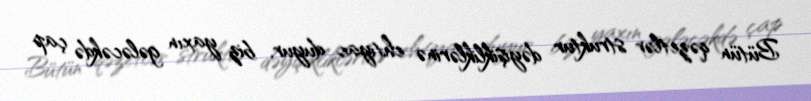
Bütün qəzetlər struktur dəyişikliklərinə ehtiyac duyur, biz yaxın gələcəkdə çap